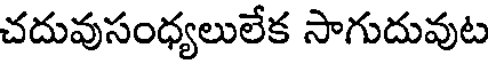
చదువుసంధ్యలులేక సాగుదువుట